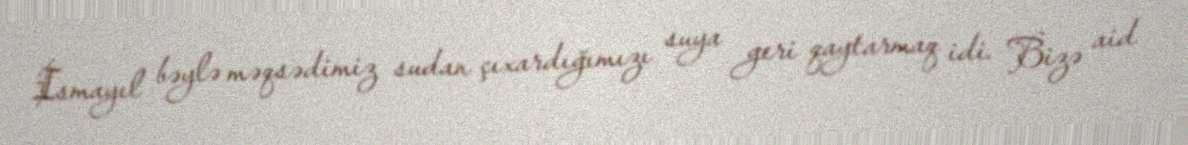
İsmayıl bəylə məqsədimiz sudan çıxardığımızı suya geri qaytarmaq idi. Bizə aid